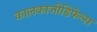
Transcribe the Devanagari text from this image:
कालकाजीडिफेन्स